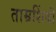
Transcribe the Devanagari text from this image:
ताम्रशिंबी